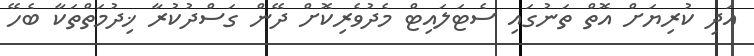
އަދި ކުރިޔަށް އޮތް ތަނުގައި ސެޓަލައިޓް މެދުވެރިކޮށް ދޭން ގަސްދުކުރާ ޚިދުމަތްތަކާ ބެހޭ